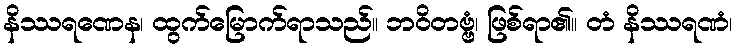
နိဿရဏေန၊ ထွက်မြောက်ရာသည်။ ဘဝိတဗ္ဗံ၊ ဖြစ်ရာ၏။ တံ နိဿရဏံ၊